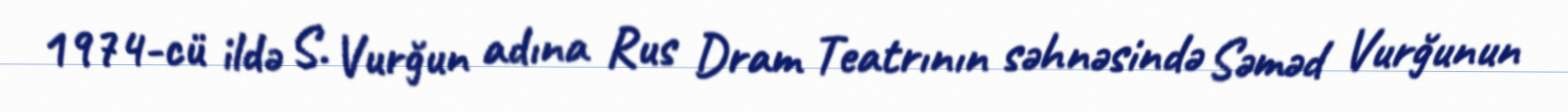
1974-cü ildə S. Vurğun adına Rus Dram Teatrının səhnəsində Səməd Vurğunun